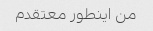
من اینطور معتقدم